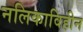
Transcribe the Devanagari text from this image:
नलिकाविहीन